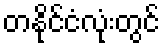
တနိုင်ငံလုံးတွင်